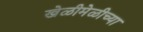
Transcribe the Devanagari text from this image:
खेळीमेळीच्या